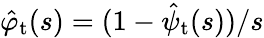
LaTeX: \hat{\varphi}_{\mathrm{t}}(s)=(1-\hat{\psi}_{\mathrm{t}}(s))/s